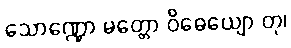
သောဏ္ဍော မတ္တော ဝိဓေယျော တု၊